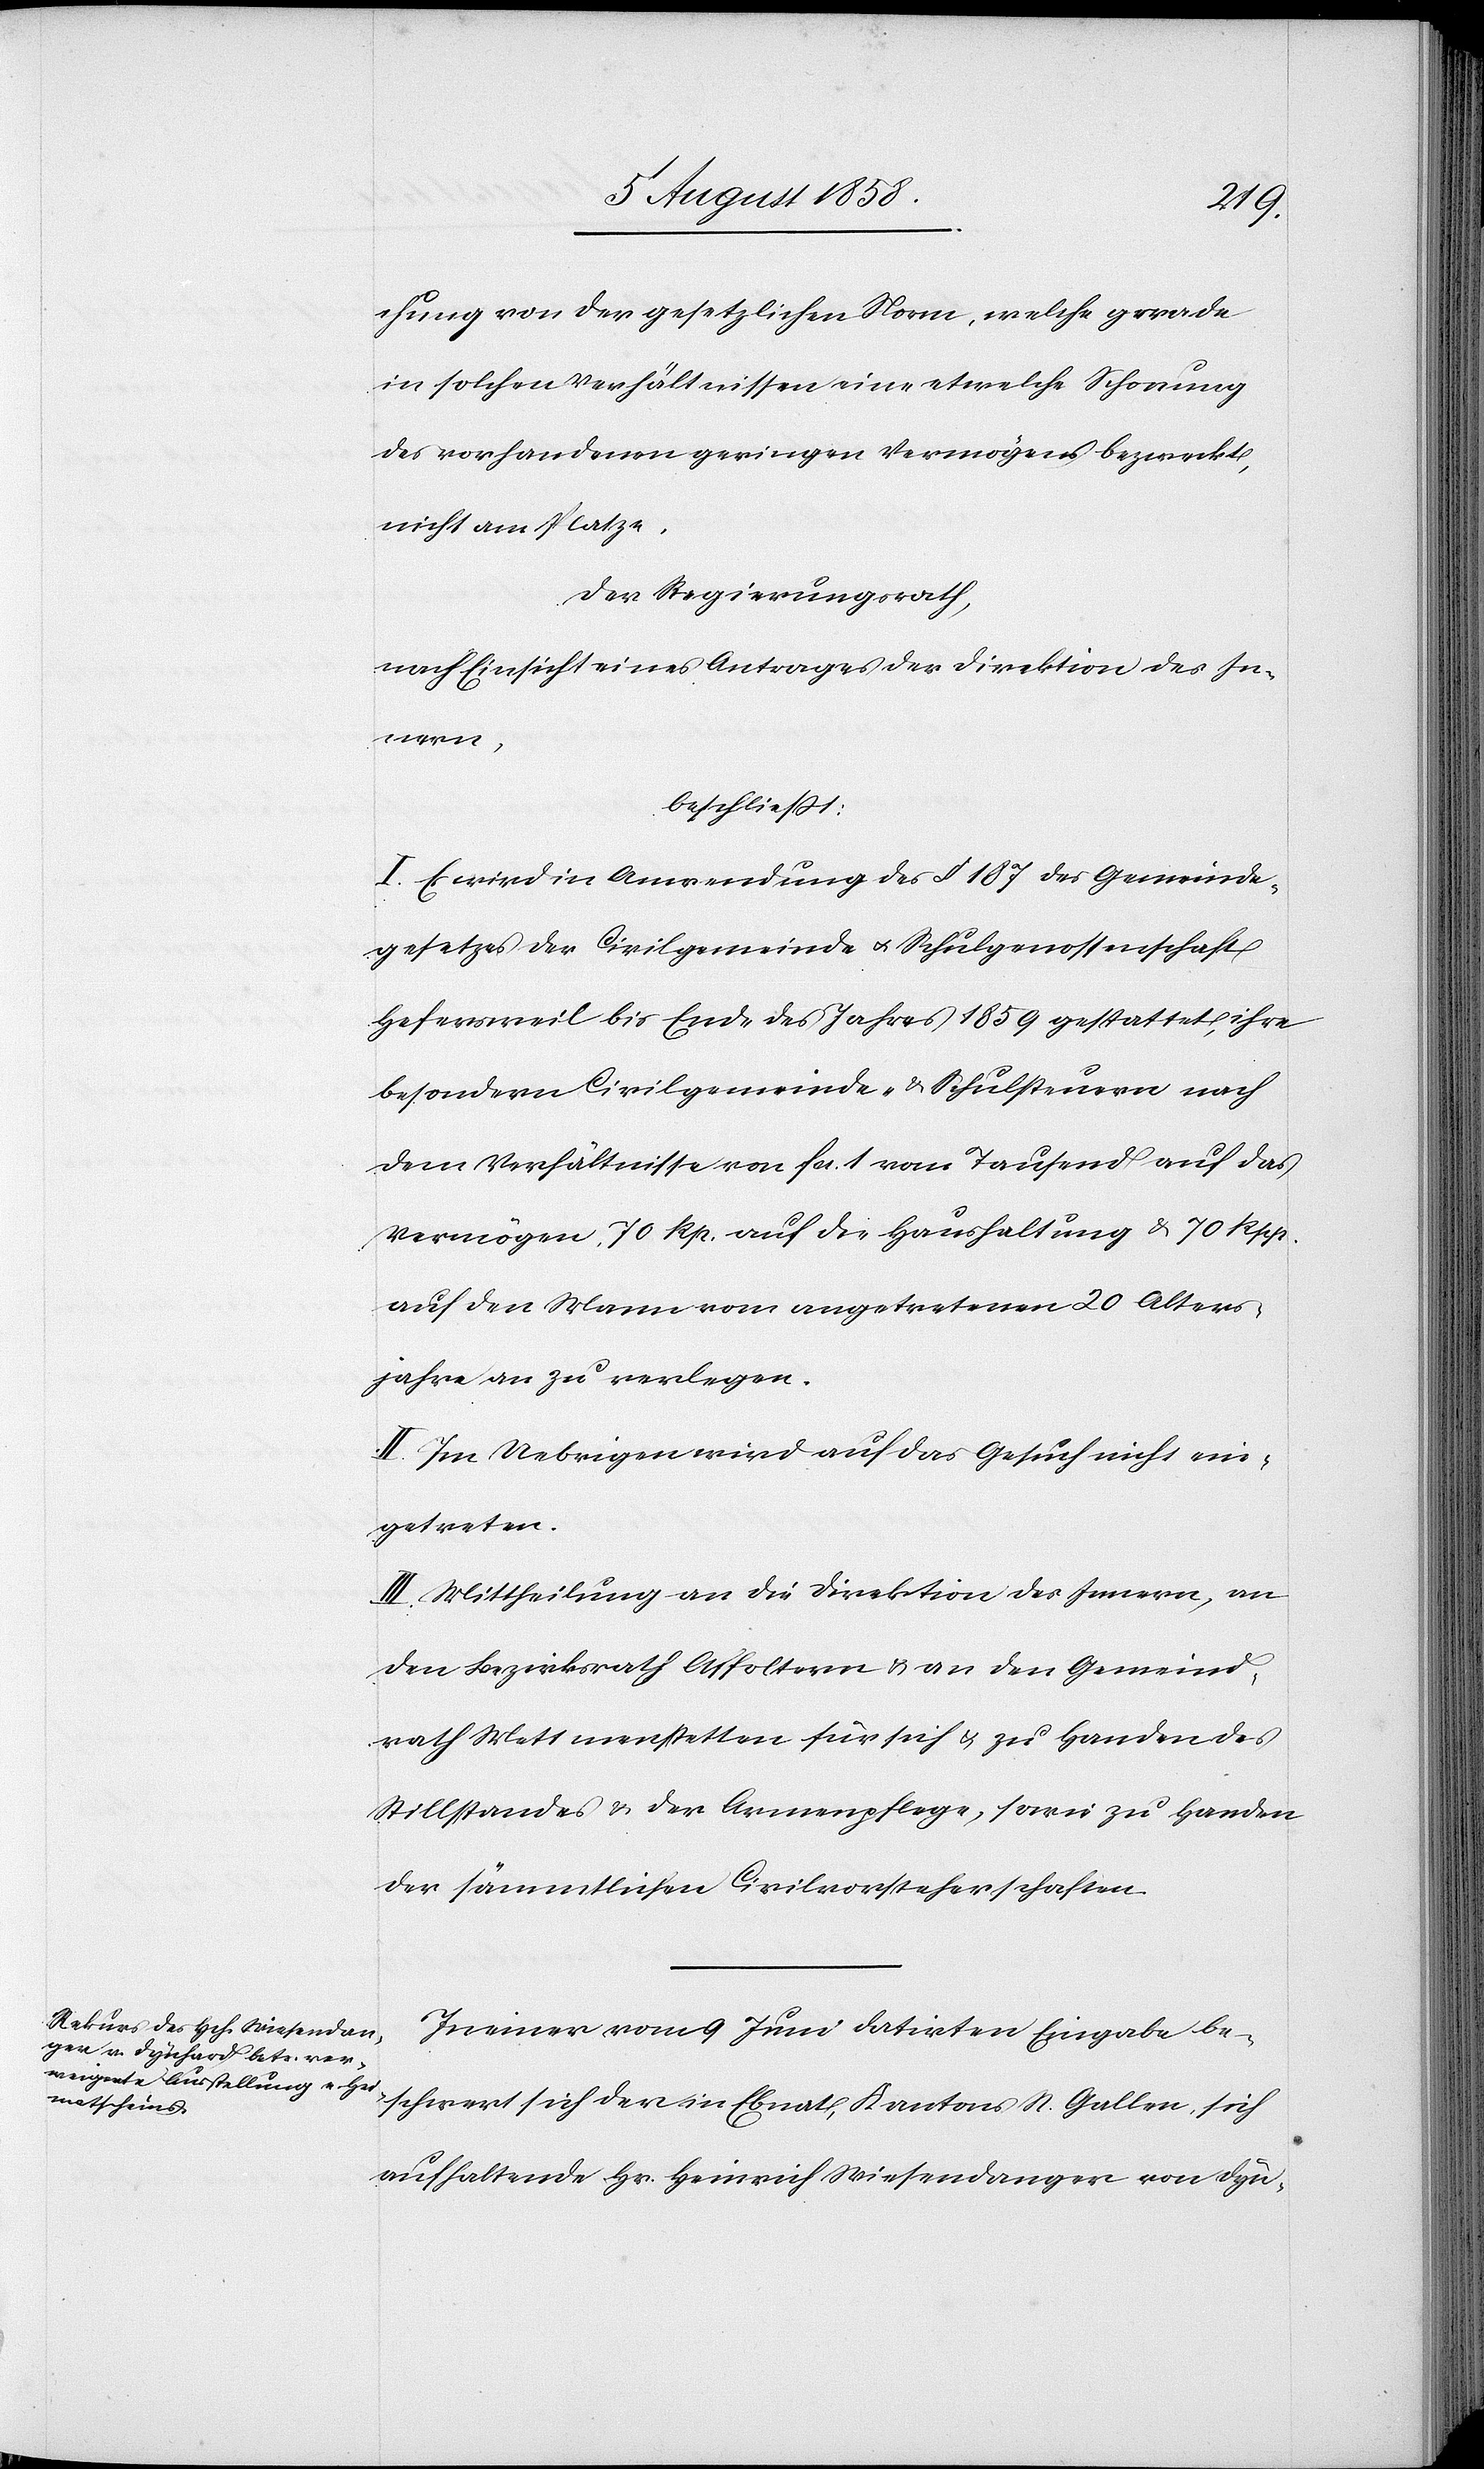
chung von der gesetzlichen Norm, welche gerade
in solchen Verhältnissen eine etwelche Schonung
des vorhandenen geringen Vermögens bezweckt,
nicht am Platze.
Der Regierungsrath,
nach Einsicht eines Antrages der Direktion des In¬
nern,
beschliesst:
I. Es wird in Anwendung des § 187 des Gemeinde¬
gesetzes der Civilgemeinde & Schulgenossenschaft
Hefersweil bis Ende des Jahres 1859 gestattet, ihre
besondern Civilgemeinde- & Schulsteuern nach
dem Verhältnisse von fcs. 1 vom Tausend auf das
Vermögen, 70 Rp. auf die Haushaltung & 70 Rpp.
auf den Mann vom angetretenen 20 Alters¬
jahre an zu verlegen.
II. Im Uebrigen wird auf das Gesuch nicht ein¬
getreten.
III. Mittheilung an die Direktion des Innern, an
den Bezirksrath Affoltern & an den Gemeind¬
rath Mettmenstetten für sich & zu Handen des
Stillstandes & der Armenpflege, sowie zu Handen
der sämmtlichen Civilvorsteherschaften.
In einer vom 9 Juni datirten Eingabe be¬
schwert sich der in Ebnat, Kantons St. Gallen, sich
aufhaltende Hr. Heinrich Wiesendanger von Dyn-